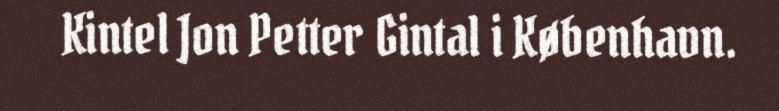
Kintel Jon Petter Gintal i København.